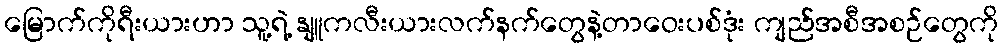
မြောက်ကိုရီးယားဟာ သူ့ရဲ့ နျူကလီးယားလက်နက်တွေနဲ့တာဝေးပစ်ဒုံး ကျည်အစီအစဉ်တွေကို